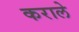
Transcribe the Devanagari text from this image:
कराले